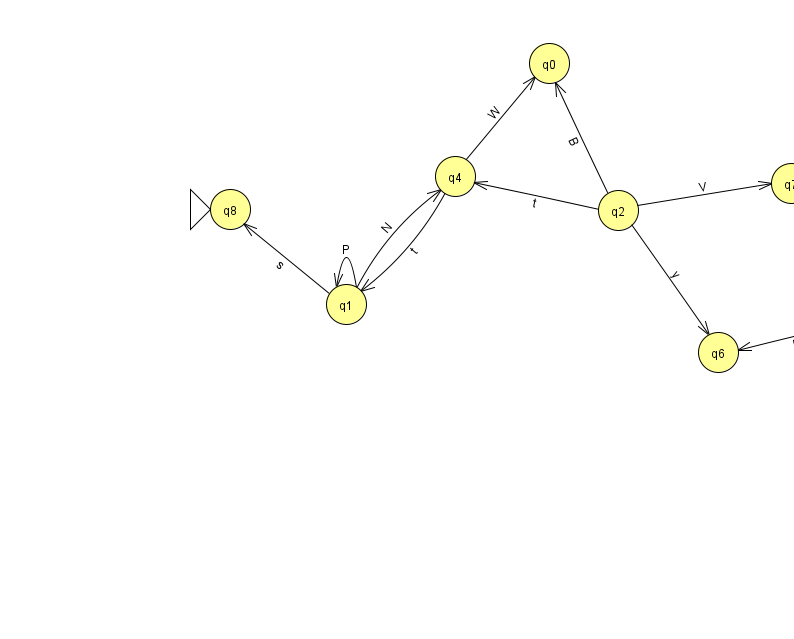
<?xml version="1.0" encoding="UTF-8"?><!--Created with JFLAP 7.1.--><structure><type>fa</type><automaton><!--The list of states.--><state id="0" name="q0"><x>549.0</x><y>50.0</y></state><state id="1" name="q1"><x>346.0</x><y>291.0</y></state><state id="2" name="q2"><x>618.0</x><y>197.0</y></state><state id="3" name="q3"><x>866.0</x><y>303.0</y><final/></state><state id="4" name="q4"><x>455.0</x><y>163.0</y></state><state id="6" name="q6"><x>718.0</x><y>339.0</y></state><state id="7" name="q7"><x>791.0</x><y>170.0</y></state><state id="8" name="q8"><x>230.0</x><y>196.0</y><initial/></state><!--The list of transitions.--><transition><from>1</from><to>1</to><read>P</read></transition><transition><from>1</from><to>4</to><read>N</read></transition><transition><from>2</from><to>4</to><read>t</read></transition><transition><from>3</from><to>7</to><read>F</read></transition><transition><from>2</from><to>7</to><read>V</read></transition><transition><from>2</from><to>0</to><read>B</read></transition><transition><from>1</from><to>8</to><read>s</read></transition><transition><from>4</from><to>0</to><read>W</read></transition><transition><from>4</from><to>1</to><read>t</read></transition><transition><from>2</from><to>6</to><read>y</read></transition><transition><from>3</from><to>6</to><read>I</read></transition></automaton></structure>